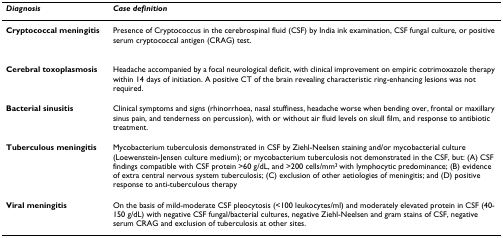
<table><thead><tr><td><b><i>Diagnosis</i></b></td><td><b><i>Case definition</i></b></td></tr></thead><tbody><tr><td><b>Cryptococcal meningitis</b></td><td>Presence of Cryptococcus in the cerebrospinal fluid (CSF) by India ink examination, CSF fungal culture, or positive serum cryptococcal antigen (CRAG) test.</td></tr><tr><td><b>Cerebral toxoplasmosis</b></td><td>Headache accompanied by a focal neurological deficit, with clinical improvement on empiric cotrimoxazole therapy within 14 days of initiation. A positive CT of the brain revealing characteristic ring-enhancing lesions was not required.</td></tr><tr><td><b>Bacterial sinusitis</b></td><td>Clinical symptoms and signs (rhinorrhoea, nasal stuffiness, headache worse when bending over, frontal or maxillary sinus pain, and tenderness on percussion), with or without air fluid levels on skull film, and response to antibiotic treatment.</td></tr><tr><td><b>Tuberculous meningitis</b></td><td>Mycobacterium tuberculosis demonstrated in CSF by Ziehl-Neelsen staining and/or mycobacterial culture (Loewenstein-Jensen culture medium); or mycobacterium tuberculosis not demonstrated in the CSF, but: (A) CSF findings compatible with CSF protein &gt;60 g/dL, and &gt;200 cells/mm<sup>3 </sup>with lymphocytic predominance; (B) evidence of extra central nervous system tuberculosis; (C) exclusion of other aetiologies of meningitis; and (D) positive response to anti-tuberculous therapy</td></tr><tr><td><b>Viral meningitis</b></td><td>On the basis of mild-moderate CSF pleocytosis (&lt;100 leukocytes/ml) and moderately elevated protein in CSF (40-150 g/dL) with negative CSF fungal/bacterial cultures, negative Ziehl-Neelsen and gram stains of CSF, negative serum CRAG and exclusion of tuberculosis at other sites.</td></tr></tbody></table>